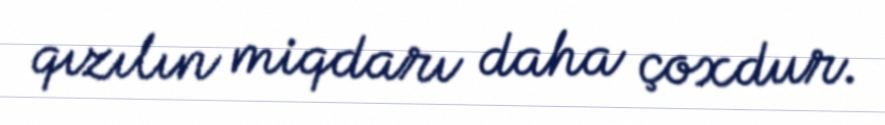
qızılın miqdarı daha çoxdur.